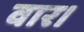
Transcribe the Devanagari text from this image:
वार।